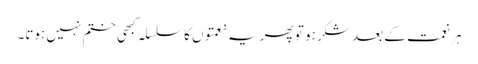
ہر نعمت کے بعد شکر ہو تو پھر یہ نعمتوں کا سلسلہ کبھی ختم نہیں ہوتا۔